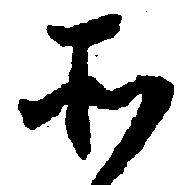
所